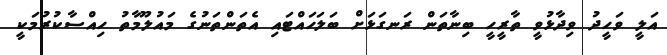
އަލީ ވަހީދު ވިދާޅުވީ ތާރީހީ ބިނާތަން ރަނގަޅަށް ބަލަހައްޓައި އެތަންތަނުގެ މައުލޫމާތު ހިއްސާކުރުމަކީ